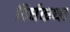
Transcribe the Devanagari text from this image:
दिर्घकथा